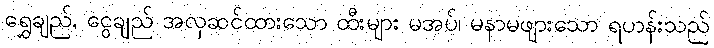
ရွှေချည်, ငွေချည် အလှဆင်ထားသော ထီးများ မအပ်၊ မနာမဖျားသော ရဟန်းသည်